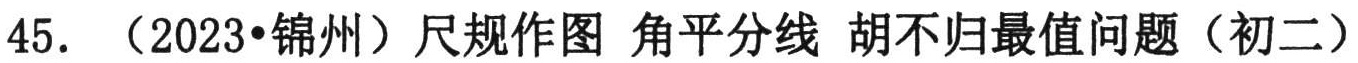
45. （2023•锦州）尺规作图 角平分线 胡不归最值问题（初二）